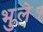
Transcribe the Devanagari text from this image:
भुले।